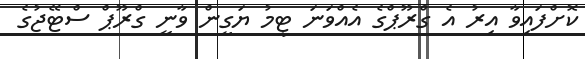
ކޮށްފައިވާ އިރު އެ ގްރޫޕްގެ އެއްވަނަ ޓީމު ޔަގީން ވާނީ ގްރޫޕް ސްޓޭޖުގެ